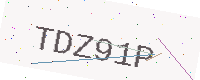
Text: TDZ91P